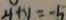
4 + y = - 5